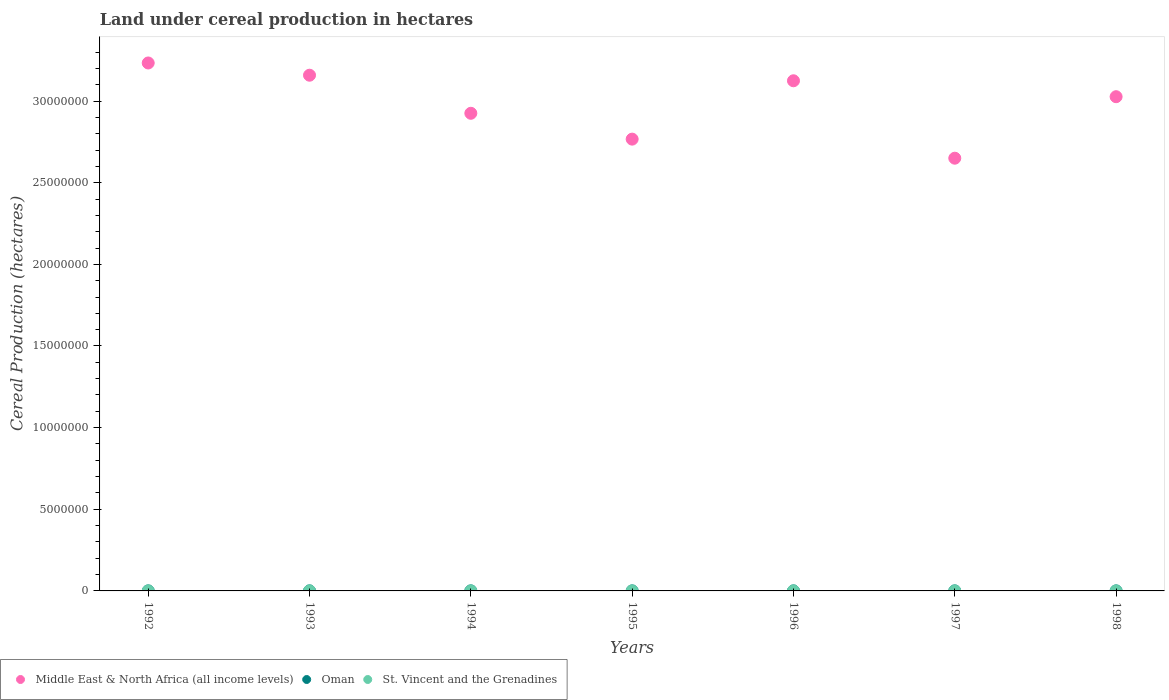
| Years | Middle East & North Africa (all income levels) | Oman | St. Vincent and the Grenadines |
 | --- | --- | --- | --- |
 | 1992 | 3.23e+07 | 2.81e+03 | 723 |
 | 1993 | 3.16e+07 | 3.25e+03 | 761 |
 | 1994 | 2.93e+07 | 3.64e+03 | 823 |
 | 1995 | 2.77e+07 | 2.99e+03 | 824 |
 | 1996 | 3.12e+07 | 3.12e+03 | 300 |
 | 1997 | 2.65e+07 | 3.25e+03 | 359 |
 | 1998 | 3.03e+07 | 2.89e+03 | 600 |